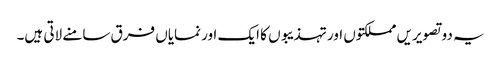
یہ دو تصویریں مملکتوں اور تہذیبوں کا ایک اور نمایاں فرق سامنے لاتی ہیں۔